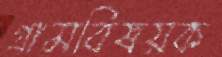
গ্রামবিষয়ক